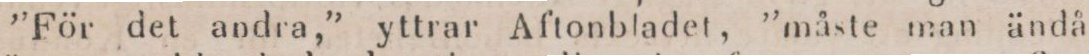
”För det andra,” yttrar Aftonbladet, ”måste man ändå